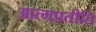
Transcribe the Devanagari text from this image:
आत्मप्रतीति